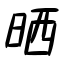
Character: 晒